Manual of the Civil Veterinary Department, Central Provinces and Berar
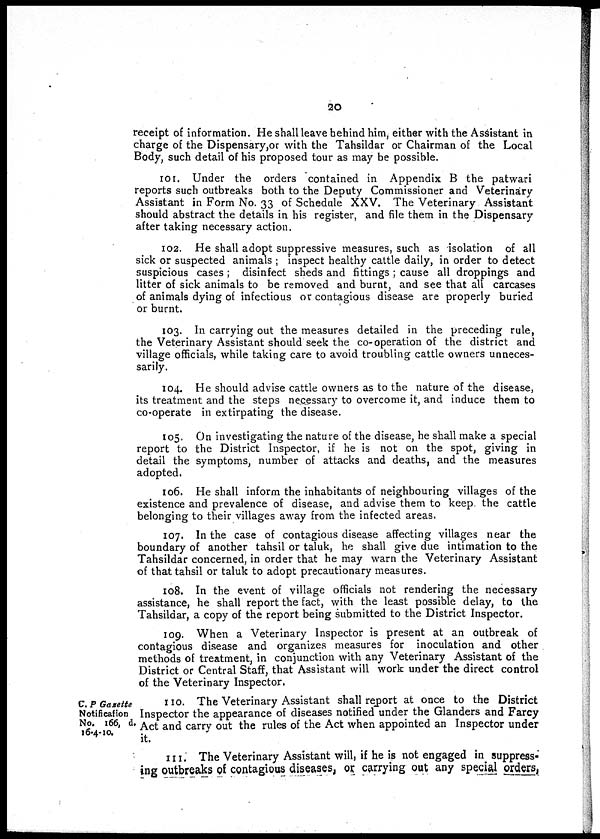
20
receipt of information. He shall leave behind him, either with the Assistant in
charge of the Dispensary,or with the Tahsildar or Chairman of the Local
Body, such detail of his proposed tour as may be possible.
101. Under the orders contained in Appendix B the patwari
reports such outbreaks both to the Deputy Commissioner and Veterinary
Assistant in Form No. 33 of Schedule XXV. The Veterinary Assistant
should abstract the details in his register, and file them in the Dispensary
after taking necessary action.
102. He shall adopt suppressive measures, such as isolation of all
sick or suspected animals; inspect healthy cattle daily, in order to detect
suspicious cases; disinfect sheds and fittings; cause all droppings and
litter of sick animals to be removed and burnt, and see that all carcases
of animals dying of infectious or contagious disease are properly buried
or burnt.
103. In carrying out the measures detailed in the preceding rule,
the Veterinary Assistant should seek the co-operation of the district and
village officials, while taking care to avoid troubling cattle owners unneces-
sarily.
104. He should advise cattle owners as to the nature of the disease,
its treatment and the steps necessary to overcome it, and induce them to
co-operate in extirpating the disease.
105. On investigating the nature of the disease, he shall make a special
report to the District Inspector, if he is not on the spot, giving in
detail the symptoms, number of attacks and deaths, and the measures
adopted.
106. He shall inform the inhabitants of neighbouring villages of the
existence and prevalence of disease, and advise them to keep the cattle
belonging to their villages away from the infected areas.
107. In the case of contagious disease affecting villages near the
boundary of another tahsil or taluk, he shall give due intimation to the
Tahsildar concerned, in order that he may warn the Veterinary Assistant
of that tahsil or taluk to adopt precautionary measures.
108. In the event of village officials not rendering the necessary
assistance, he shall report the fact, with the least possible delay, to the
Tahsildar, a copy of the report being submitted to the District Inspector.
109. When a Veterinary Inspector is present at an outbreak of
contagious disease and organizes measures for inoculation and other
methods of treatment, in conjunction with any Veterinary Assistant of the
District or Central Staff, that Assistant will work under the direct control
of the Veterinary Inspector.
C. P Gazette
Notification
No. 166, d.
16-4-10.
110. The Veterinary Assistant shall report at once to the District
Inspector the appearance of diseases notified under the Glanders and Farcy
Act and carry out the rules of the Act when appointed an Inspector under
it.
111. The Veterinary Assistant will, if he is not engaged in suppress-
ing outbreaks of contagious diseases, or carrying out any special orders,